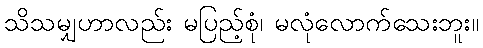
သိသမျှဟာလည်း မပြည့်စုံ၊ မလုံလောက်သေးဘူး။